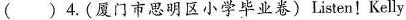
( )4.（厦门市思明区小学毕业卷）Listen!Kelly